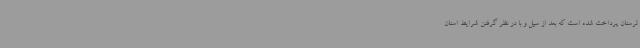
لرستان پرداخت شده است که بعد از سیل و با در نظر گرفتن شرایط استان